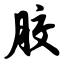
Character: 胶